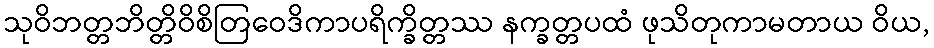
သုဝိဘတ္တဘိတ္တိဝိစိတြဝေဒိကာပရိက္ခိတ္တဿ နက္ခတ္တပထံ ဖုသိတုကာမတာယ ဝိယ,